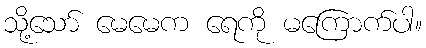
သို့သော် မေမေက ရေကို မကြောက်ပါ။